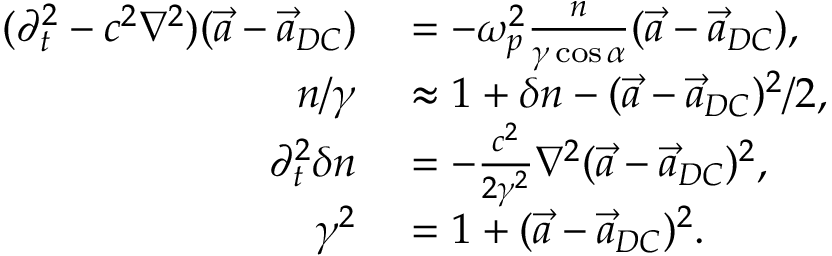
\begin{array} { r l } { ( \partial _ { t } ^ { 2 } - c ^ { 2 } \nabla ^ { 2 } ) ( \vec { a } - \vec { a } _ { D C } ) } & { { } = - \omega _ { p } ^ { 2 } \frac { n } { \gamma \cos \alpha } ( \vec { a } - \vec { a } _ { D C } ) , } \\ { n / \gamma } & { { } \approx 1 + \delta n - ( \vec { a } - \vec { a } _ { D C } ) ^ { 2 } / 2 , } \\ { \partial _ { t } ^ { 2 } \delta n } & { { } = - \frac { c ^ { 2 } } { 2 \gamma ^ { 2 } } \nabla ^ { 2 } ( \vec { a } - \vec { a } _ { D C } ) ^ { 2 } , } \\ { \gamma ^ { 2 } } & { { } = 1 + ( \vec { a } - \vec { a } _ { D C } ) ^ { 2 } . } \end{array}